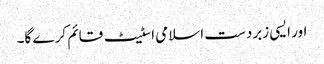
اور ایسی زبردست اسلامی اسٹیٹ قائم کر ے گا۔